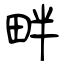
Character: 畔